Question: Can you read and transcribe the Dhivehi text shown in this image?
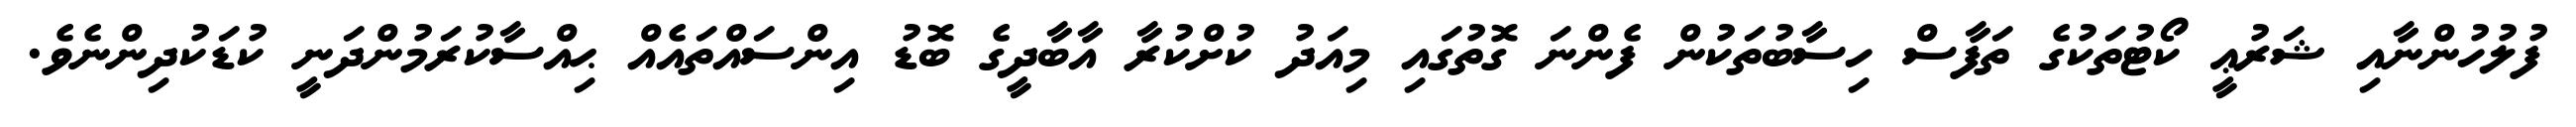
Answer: ފުލުހުންނާއި ޝަރުޢީ ކޯޓުތަކުގެ ތަފާސް ހިސާބުތަކުން ފެންނަ ގޮތުގައި މިއަދު ކުށްކުރާ އާބާދީގެ ބޮޑު އިންސައްތައެއް ޙިއްސާކުރަމުންދަނީ ކުޑަކުދިންނެވެ.